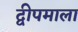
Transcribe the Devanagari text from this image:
द्वीपमाला